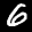
Label: 6